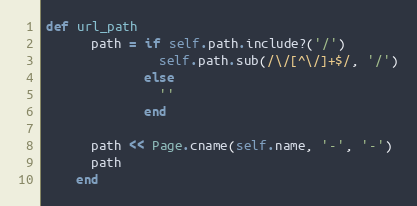
Language: Ruby
def url_path
      path = if self.path.include?('/')
               self.path.sub(/\/[^\/]+$/, '/')
             else
               ''
             end

      path << Page.cname(self.name, '-', '-')
      path
    end